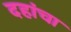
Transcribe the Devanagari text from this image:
दहांचा